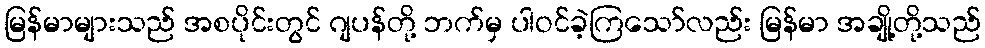
မြန်မာများသည် အစပိုင်းတွင် ဂျပန်တို့ ဘက်မှ ပါဝင်ခဲ့ကြသော်လည်း မြန်မာ အချို့တို့သည်